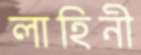
লাহিনী